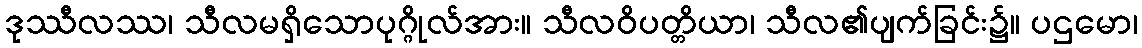
ဒုဿီလဿ၊ သီလမရှိသောပုဂ္ဂိုလ်အား။ သီလဝိပတ္တိယာ၊ သီလ၏ပျက်ခြင်း၌။ ပဌမော၊